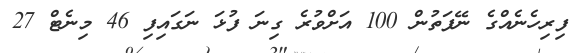
ފިރިހެނެއްގެ ނޭފަތުން 100 އަށްވުރެ ގިނަ ފުޅަ ނަގައިފި 46 މިނެޓް 27